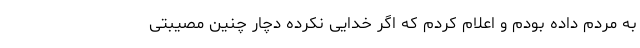
به مردم داده بودم و اعلام کردم که اگر خدایی نکرده دچار چنین مصیبتی